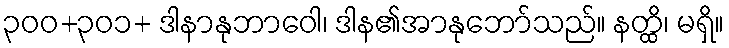
၃၀၀+၃၀၁+ ဒါနာနုဘာဝေါ၊ ဒါန၏အာနုဘော်သည်။ နတ္ထိ၊ မရှိ။